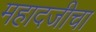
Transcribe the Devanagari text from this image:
महादजीचा